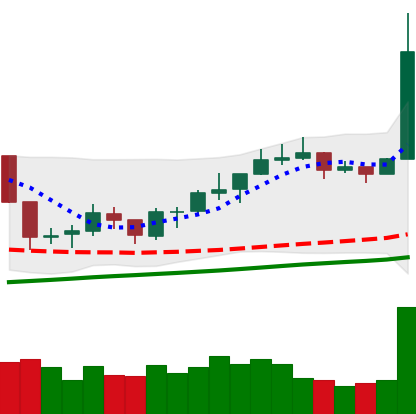
Ticker: NEO-USD
Chart end date: 2019-06-22
Forward return: -3.259%
Label: down_3_5